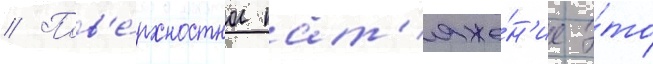
// Пов'е́рхностное нат'яже́н'ие э́то